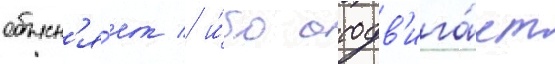
объясн'я́ет / и́бо отодв'ига́ет